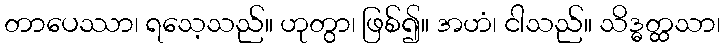
တာပေဿာ၊ ရသေ့သည်။ ဟုတွာ၊ ဖြစ်၍။ အဟံ၊ ငါသည်။ သိဒ္ဓတ္ထသာ၊